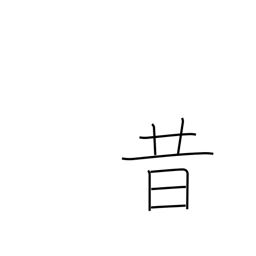
Meaning: old times